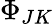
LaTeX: \Phi_{JK}